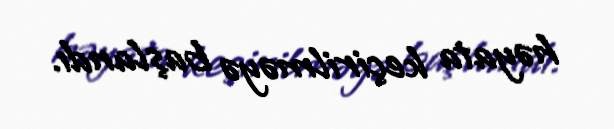
həyata keçirilməyə başlandı.